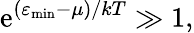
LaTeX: \mathrm{e}^{(\varepsilon_{\mathrm{{{min}}}}-\mu)/kT}\gg1,